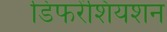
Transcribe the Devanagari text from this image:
डिफरेंशियशन